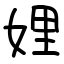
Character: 娌